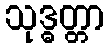
သုဒ္ဓတ္တာ